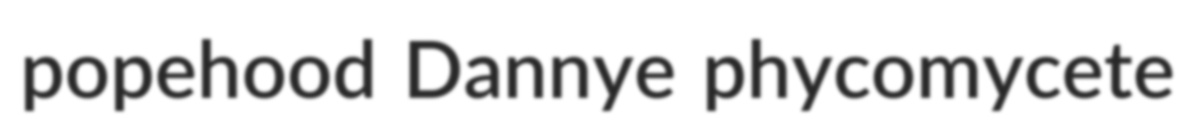
popehood Dannye phycomycete